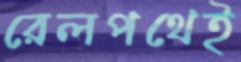
রেলপথেই